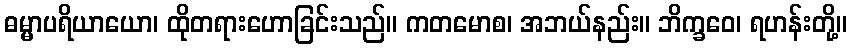
ဓမ္မာပရိယာယော၊ ထိုတရားဟောခြင်းသည်။ ကတမောစ၊ အဘယ်နည်း။ ဘိက္ခဝေ၊ ရဟန်းတို့။